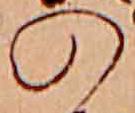
の